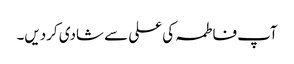
آپ فاطمہ کی علی سے شادی کردیں۔